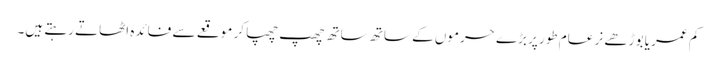
کم عمر یا بوڑھے نر عام طور پر بڑے حرموں کے ساتھ ساتھ چھپ چھپا کر موقعے سے فائدہ اٹھاتے رہتے ہیں۔